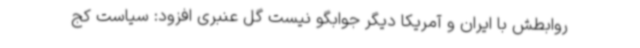
روابطش با ایران و آمریکا دیگر جوابگو نیست گل عنبری افزود: سیاست کج